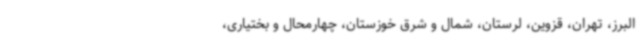
البرز، تهران، قزوین، لرستان، شمال و شرق خوزستان، چهارمحال و بختیاری،